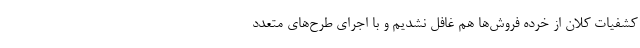
کشفیات کلان از خرده فروش‌ها هم غافل نشدیم و با اجرای طرح‌های متعدد